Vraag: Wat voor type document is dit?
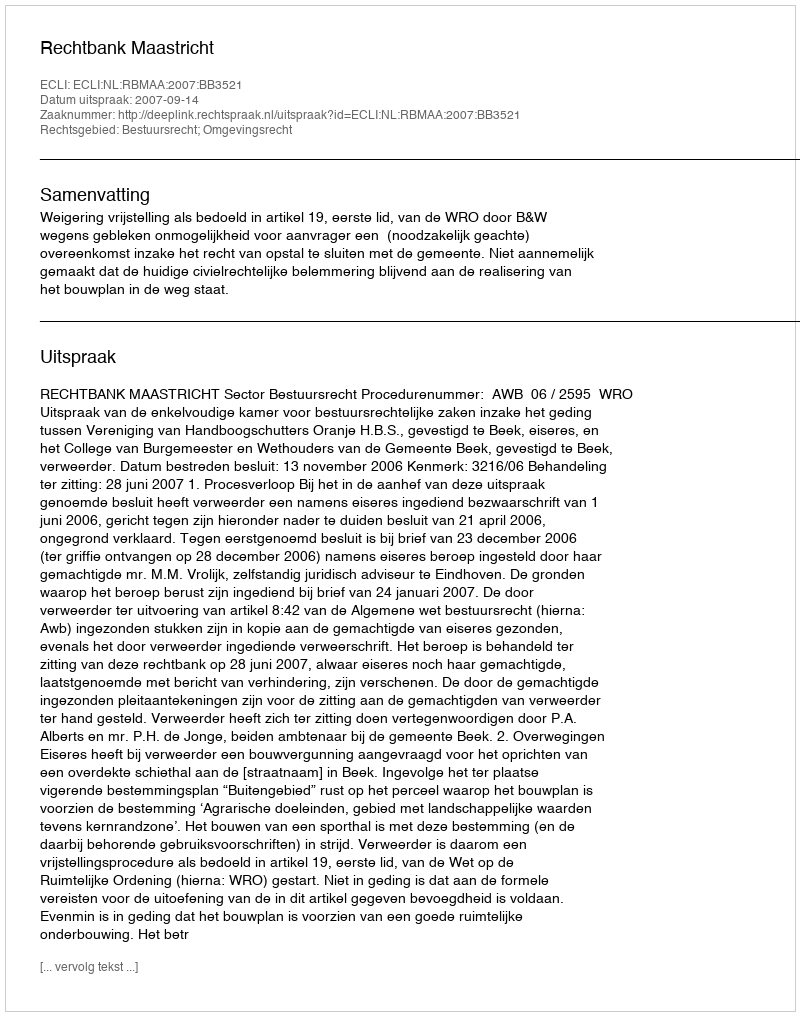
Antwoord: Uitspraak